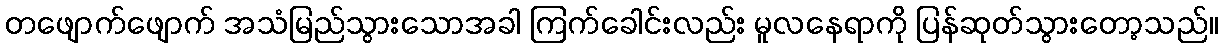
တဖျောက်ဖျောက် အသံမြည်သွားသောအခါ ကြက်ခေါင်းလည်း မူလနေရာကို ပြန်ဆုတ်သွားတော့သည်။